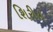
શિરીય